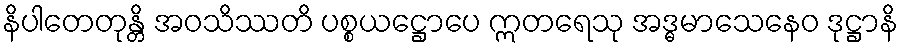
နိပါတေတုန္တိ အဝသိဿတိ ပစ္စယဋ္ဌောပေ ဣတရေသု အဒ္ဓမာသေနေဝ ဒုဋ္ဌာနိ